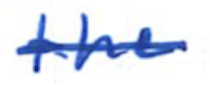
Text: the
Cross-out: single-line
Writing tool: ballpoint